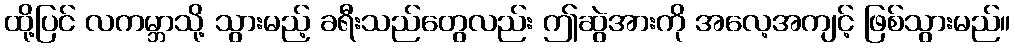
ထို့ပြင် လကမ္ဘာသို့ သွားမည့် ခရီးသည်တွေလည်း ဤဆွဲအားကို အလေ့အကျင့် ဖြစ်သွားမည်။